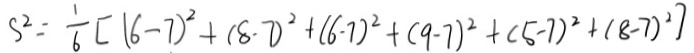
S ^ { 2 } = \frac { 1 } { 6 } [ ( 6 - 7 ) ^ { 2 } + ( 8 - 7 ) ^ { 2 } + ( 6 - 7 ) ^ { 2 } + ( 9 - 7 ) ^ { 2 } + ( 5 - 7 ) ^ { 2 } + ( 8 - 7 ) ^ { 2 } ]